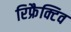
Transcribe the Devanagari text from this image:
रिफ्रैक्टिव